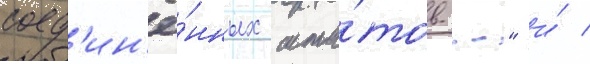
соед'ин'ё́нных шта́тов..." и́ /